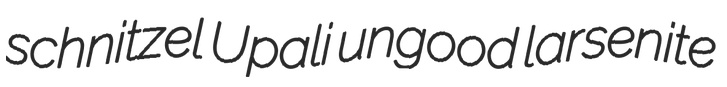
schnitzel Upali ungood larsenite